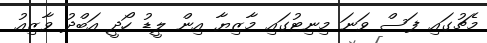
މެޗުގައި ފަސް ވަނަ މިނިޓުގައި މާޒިޔާ އިން ލީޑު ހޯދީ އަބްދު ވާޒިއު